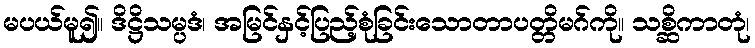
မပယ်မူ၍။ ဒိဋ္ဌိသမ္ပဒံ၊ အမြင်နှင့်ပြည့်စုံခြင်းသောတာပတ္တိမဂ်ကို။ သစ္ဆိကာတုံ၊